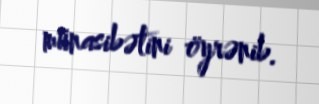
münasibətini öyrənib.